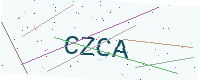
Text: CZCA